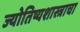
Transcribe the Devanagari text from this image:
ज्योतिष्यशास्त्राचा